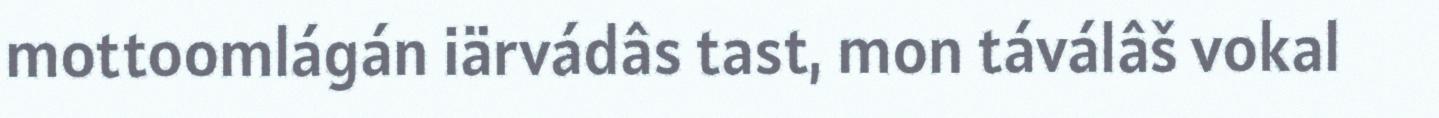
mottoomlágán iärvádâs tast, mon táválâš vokal